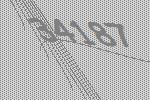
34187